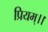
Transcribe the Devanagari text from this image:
प्रियम्।।